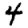
Digit: 4